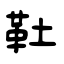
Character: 靯